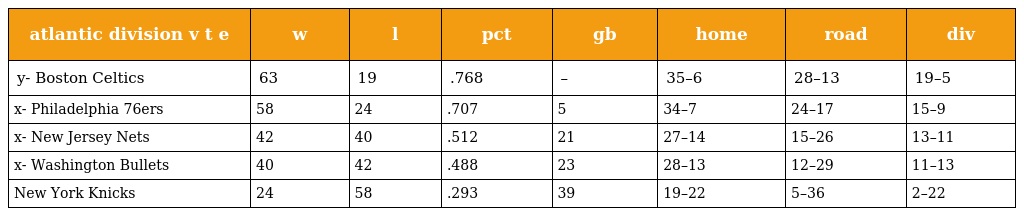
| atlantic division v t e | w | l | pct | gb | home | road | div |
 | --- | --- | --- | --- | --- | --- | --- | --- |
 | y- Boston Celtics | 63 | 19 | .768 | – | 35–6 | 28–13 | 19–5 |
 | x- Philadelphia 76ers | 58 | 24 | .707 | 5 | 34–7 | 24–17 | 15–9 |
 | x- New Jersey Nets | 42 | 40 | .512 | 21 | 27–14 | 15–26 | 13–11 |
 | x- Washington Bullets | 40 | 42 | .488 | 23 | 28–13 | 12–29 | 11–13 |
 | New York Knicks | 24 | 58 | .293 | 39 | 19–22 | 5–36 | 2–22 |